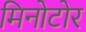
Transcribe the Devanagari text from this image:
मिनोटोर